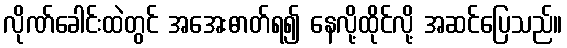
လိုဏ်ခေါင်းထဲတွင် အအေးဓာတ်ရ၍ နေလို့ထိုင်လို့ အဆင်ပြေသည်။